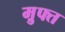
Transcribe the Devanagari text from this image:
म़ुफ्त